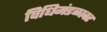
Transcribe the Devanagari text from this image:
विधिमंडळावर